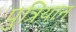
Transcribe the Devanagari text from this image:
पुत्रियान